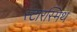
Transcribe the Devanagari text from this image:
स्टारस्मिथ